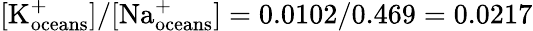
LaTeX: [\textrm{K}_{\textrm{oceans}}^{+}]/[\textrm{Na}_{\textrm{oceans}}^{+}]=0.0102/0.469=0.0217